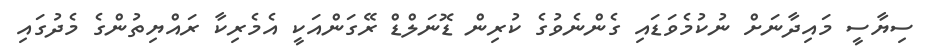
ސިޔާސީ މައިދާނަށް ނުކުމެވަޑައި ގެންނެވުގެ ކުރިން ޑޮނަލްޑް ރޭގަންއަކީ އެމެރިކާ ރައްޔިތުންގެ މެދުގައި